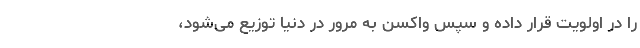
را در اولویت قرار داده و سپس واکسن به ‌مرور در دنیا توزیع می‌شود،